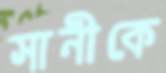
সানীকে